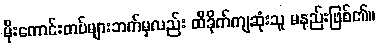
မိုးကောင်းတပ်များဘက်မှလည်း ထိခိုက်ကျဆုံးသူ မနည်းဖြစ်၏။